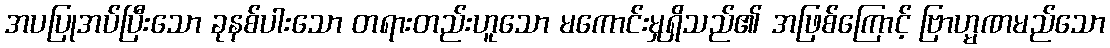
အပပြုအပ်ပြီးသော ခုနစ်ပါးသော တရားတည်းဟူသော မကောင်းမှုရှိသည်၏ အဖြစ်ကြောင့် ဗြာဟ္မဏမည်သော